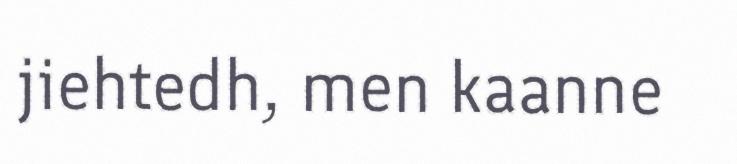
jiehtedh, men kaanne